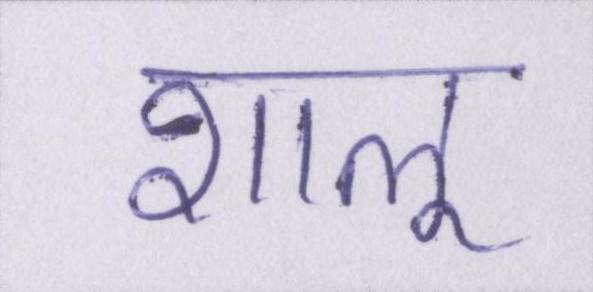
शालू